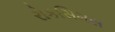
રોકસિમસ